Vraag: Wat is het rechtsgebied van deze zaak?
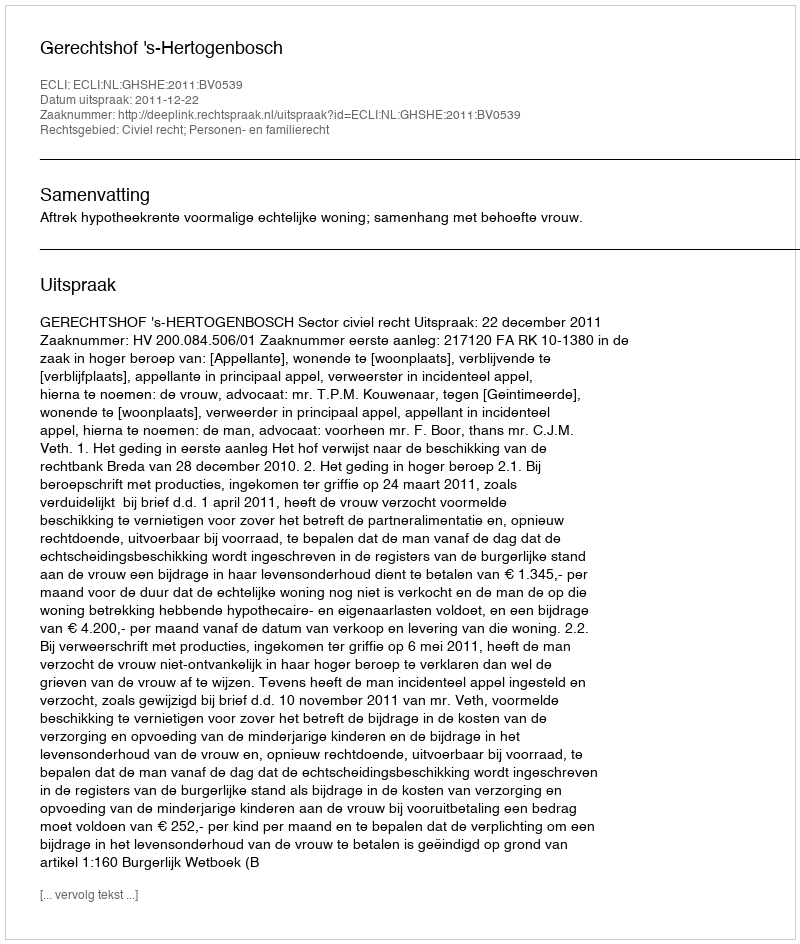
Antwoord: Civiel recht; Personen- en familierecht